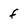
Character: f